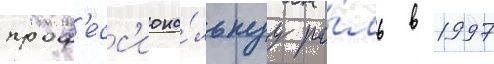
проф'есс'иона́льнуу ро́ль в 1997